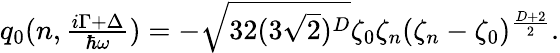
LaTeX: \begin{array}{r}{q_{0}(n,\frac{i\Gamma+\Delta}{\hbar\omega})=-\sqrt{32(3\sqrt{2})^{D}}\zeta_{0}\zeta_{n}(\zeta_{n}-\zeta_{0})^{\frac{D+2}{2}}.}\end{array}